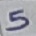
Text: 5